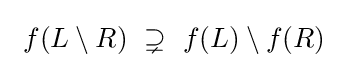
~f(L\setminus R)~\supsetneq ~f(L)\setminus f(R)~